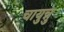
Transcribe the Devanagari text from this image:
चायुन्नु